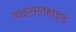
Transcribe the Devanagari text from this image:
बाइसल्फ़ाइड